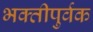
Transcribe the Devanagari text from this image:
भक्‍तीपुर्वक